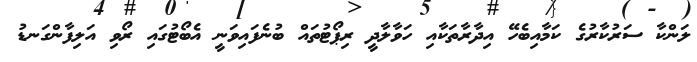
ލަންކާ ސަރުކާރުގެ ކަމާއިބެހޭ އިދާރާތަކާއި ހަވާލާދީ ރިޕޯޓުތައް ބުނެފައިވަނީ އެބޯޓުގައި ރޯވި އަލިފާންގަނޑު